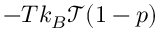
- T k _ { B } \mathcal { T } ( 1 - p )